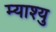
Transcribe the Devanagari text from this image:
म्याश्यु